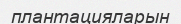
плантацияларын